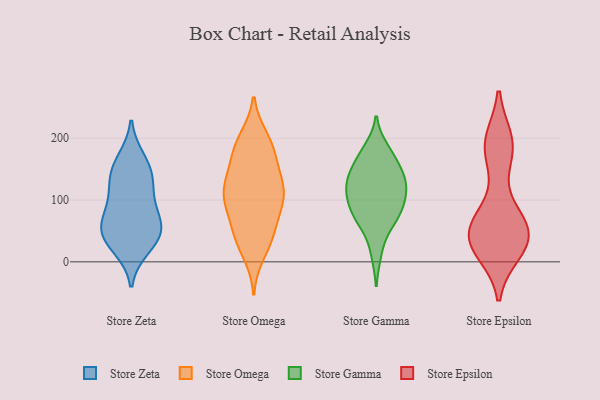
{"axis": {"x": "Demand Index", "y": "Value"}, "legend": ["Store Epsilon", "Store Gamma", "Store Omega", "Store Zeta"], "data": [{"x": "", "y": 44, "type": "Store Zeta"}, {"x": "", "y": 23, "type": "Store Zeta"}, {"x": "", "y": 106, "type": "Store Zeta"}, {"x": "", "y": 58, "type": "Store Zeta"}, {"x": "", "y": 50, "type": "Store Zeta"}, {"x": "", "y": 126, "type": "Store Zeta"}, {"x": "", "y": 82, "type": "Store Zeta"}, {"x": "", "y": 138, "type": "Store Zeta"}, {"x": "", "y": 165, "type": "Store Zeta"}, {"x": "", "y": 153, "type": "Store Zeta"}, {"x": "", "y": 34, "type": "Store Zeta"}, {"x": "", "y": 65, "type": "Store Zeta"}, {"x": "", "y": 47, "type": "Store Omega"}, {"x": "", "y": 127, "type": "Store Omega"}, {"x": "", "y": 133, "type": "Store Omega"}, {"x": "", "y": 200, "type": "Store Omega"}, {"x": "", "y": 149, "type": "Store Omega"}, {"x": "", "y": 107, "type": "Store Omega"}, {"x": "", "y": 104, "type": "Store Omega"}, {"x": "", "y": 86, "type": "Store Omega"}, {"x": "", "y": 43, "type": "Store Omega"}, {"x": "", "y": 187, "type": "Store Omega"}, {"x": "", "y": 47, "type": "Store Omega"}, {"x": "", "y": 183, "type": "Store Omega"}, {"x": "", "y": 32, "type": "Store Omega"}, {"x": "", "y": 116, "type": "Store Omega"}, {"x": "", "y": 193, "type": "Store Omega"}, {"x": "", "y": 95, "type": "Store Omega"}, {"x": "", "y": 13, "type": "Store Omega"}, {"x": "", "y": 166, "type": "Store Omega"}, {"x": "", "y": 119, "type": "Store Omega"}, {"x": "", "y": 87, "type": "Store Omega"}, {"x": "", "y": 170, "type": "Store Gamma"}, {"x": "", "y": 84, "type": "Store Gamma"}, {"x": "", "y": 134, "type": "Store Gamma"}, {"x": "", "y": 142, "type": "Store Gamma"}, {"x": "", "y": 63, "type": "Store Gamma"}, {"x": "", "y": 182, "type": "Store Gamma"}, {"x": "", "y": 169, "type": "Store Gamma"}, {"x": "", "y": 118, "type": "Store Gamma"}, {"x": "", "y": 91, "type": "Store Gamma"}, {"x": "", "y": 121, "type": "Store Gamma"}, {"x": "", "y": 80, "type": "Store Gamma"}, {"x": "", "y": 140, "type": "Store Gamma"}, {"x": "", "y": 14, "type": "Store Gamma"}, {"x": "", "y": 61, "type": "Store Gamma"}, {"x": "", "y": 100, "type": "Store Gamma"}, {"x": "", "y": 122, "type": "Store Gamma"}, {"x": "", "y": 62, "type": "Store Epsilon"}, {"x": "", "y": 54, "type": "Store Epsilon"}, {"x": "", "y": 195, "type": "Store Epsilon"}, {"x": "", "y": 66, "type": "Store Epsilon"}, {"x": "", "y": 79, "type": "Store Epsilon"}, {"x": "", "y": 33, "type": "Store Epsilon"}, {"x": "", "y": 181, "type": "Store Epsilon"}, {"x": "", "y": 30, "type": "Store Epsilon"}, {"x": "", "y": 31, "type": "Store Epsilon"}, {"x": "", "y": 37, "type": "Store Epsilon"}, {"x": "", "y": 194, "type": "Store Epsilon"}, {"x": "", "y": 27, "type": "Store Epsilon"}, {"x": "", "y": 24, "type": "Store Epsilon"}, {"x": "", "y": 169, "type": "Store Epsilon"}, {"x": "", "y": 57, "type": "Store Epsilon"}, {"x": "", "y": 188, "type": "Store Epsilon"}, {"x": "", "y": 65, "type": "Store Epsilon"}, {"x": "", "y": 18, "type": "Store Epsilon"}, {"x": "", "y": 193, "type": "Store Epsilon"}, {"x": "", "y": 33, "type": "Store Epsilon"}]}